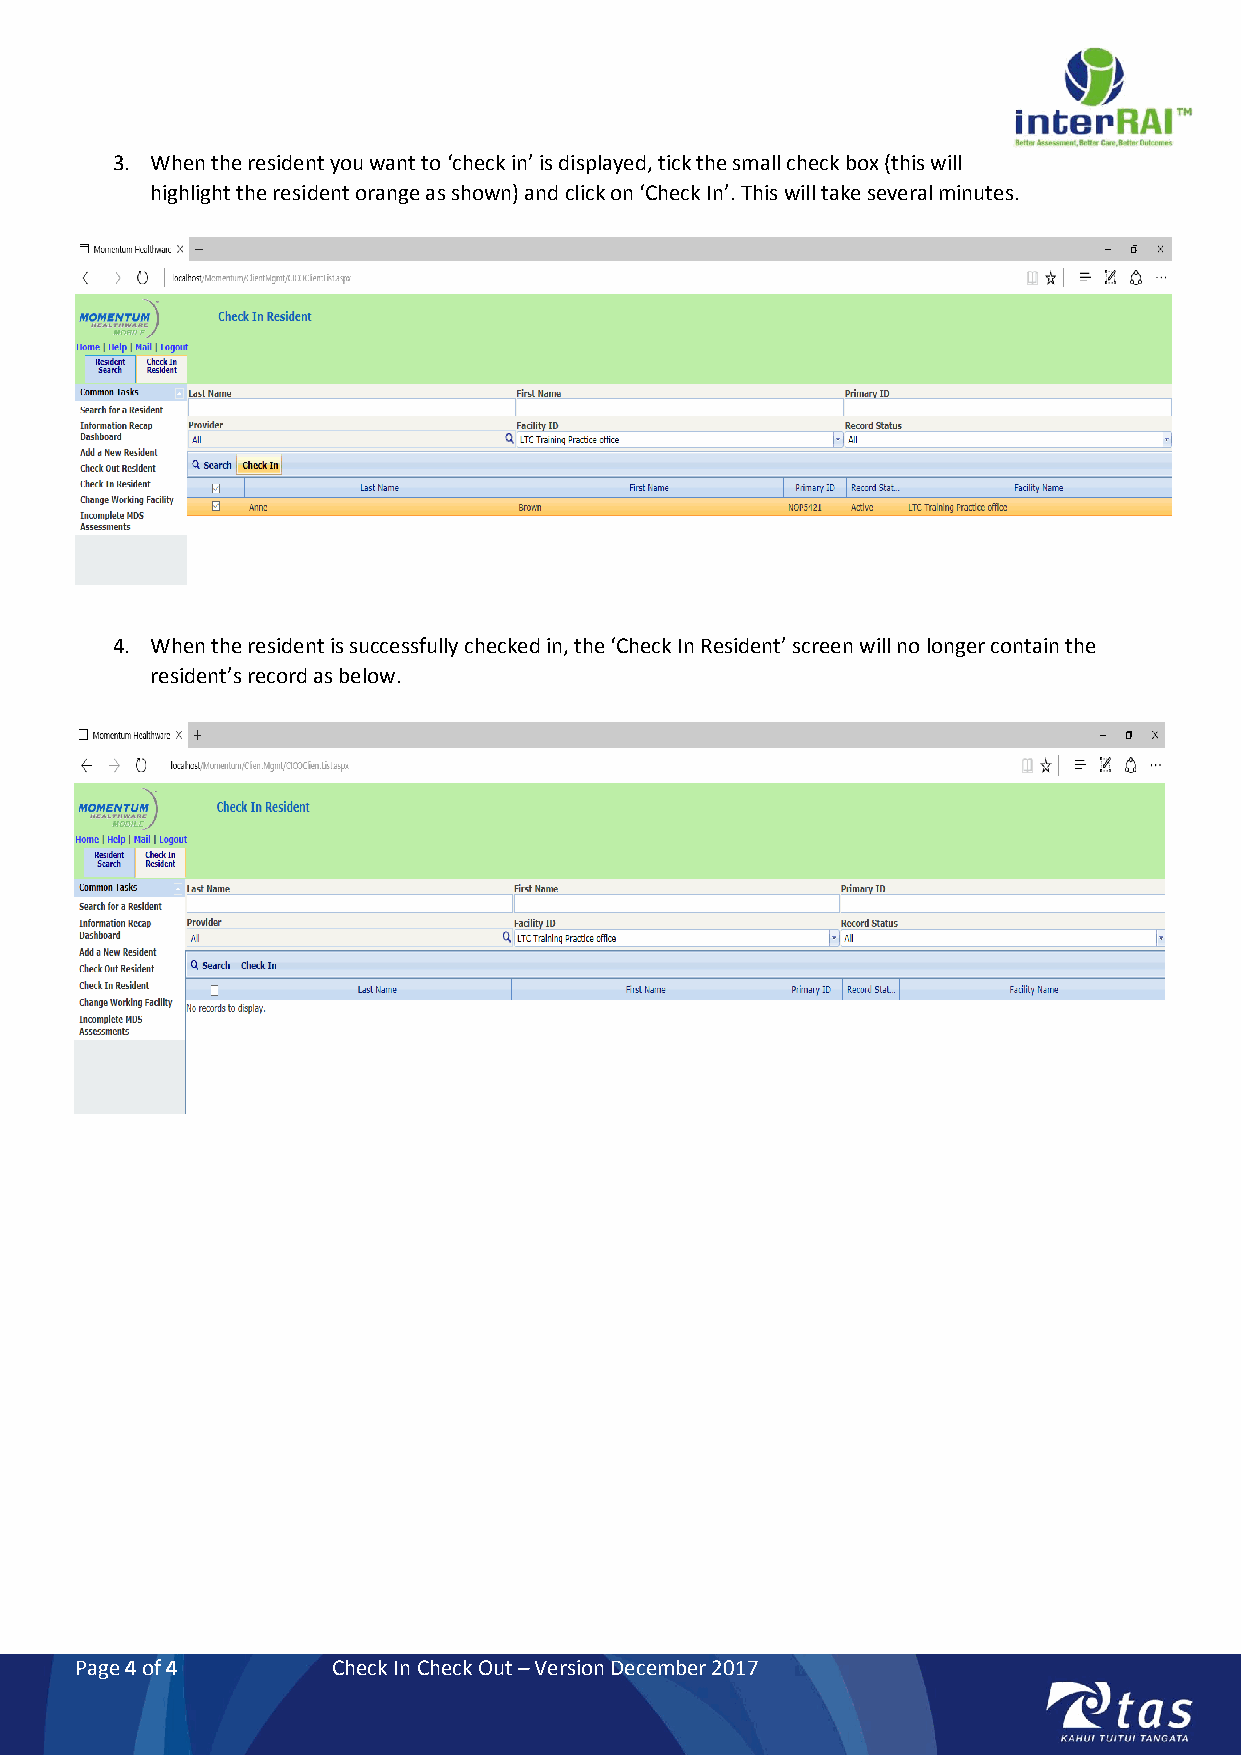
3. When the resident you want to ‘check in’ is displayed, tick the small check box (this will
 highlight the resident orange as shown) and click on ‘Check In’. This will take several minutes.
 4. When the resident is successfully checked in, the ‘Check In Resident’ screen will no longer contain the
 resident’s record as below.
 Page 4 of 4      Check In Check Out – Version December 2017